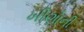
ખીણોની